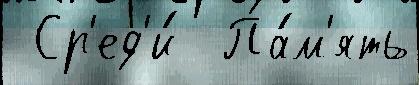
 Ср'ед'и́  Па́м'ять